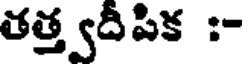
తత్త్వదీపిక :-